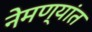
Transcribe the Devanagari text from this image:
नेमण्यांत